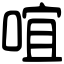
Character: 𠵌